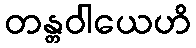
တန္တဝါယေဟိ